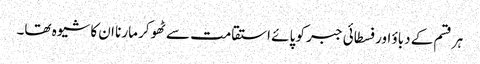
ہر قسم کے دباؤ اور فسطائی جبر کو پائے استقامت سے ٹھوکر مارنا ان کا شیوہ تھا۔